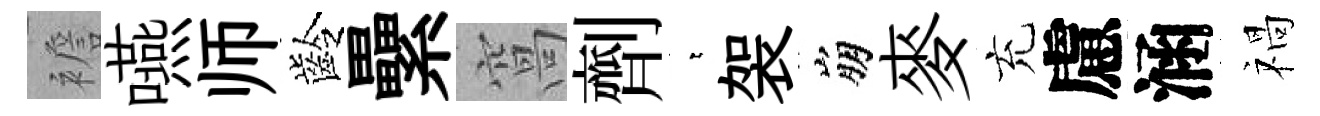
襜嚥师齡纍窩劑萋袈崩麥充慮涵禍